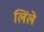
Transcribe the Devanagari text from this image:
लिंले